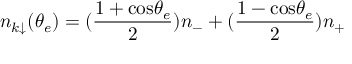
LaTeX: n _ { k \downarrow } ( \theta _ { e } ) = ( { \frac { 1 + \mathrm { c o s } \theta _ { e } } { 2 } } ) n _ { - } + ( { \frac { 1 - \mathrm { c o s } \theta _ { e } } { 2 } } ) n _ { + }